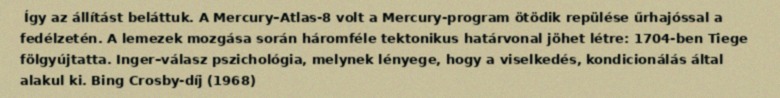
Így az állítást beláttuk. A Mercury–Atlas-8 volt a Mercury-program ötödik repülése űrhajóssal a fedélzetén. A lemezek mozgása során háromféle tektonikus határvonal jöhet létre: 1704-ben Tiege fölgyújtatta. Inger–válasz pszichológia, melynek lényege, hogy a viselkedés, kondicionálás által alakul ki. Bing Crosby-díj (1968)